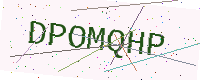
Text: DPOMQHP